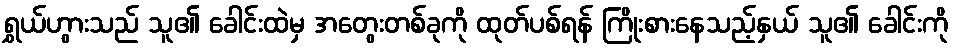
ရွှယ်ဟွားသည် သူ၏ ခေါင်းထဲမှ အတွေးတစ်ခုကို ထုတ်ပစ်ရန် ကြိုးစားနေသည့်နှယ် သူ၏ ခေါင်းကို